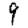
Digit: 9